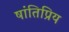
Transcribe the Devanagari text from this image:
षांतिप्रिय